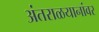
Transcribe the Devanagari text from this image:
अंतराळयानांवर